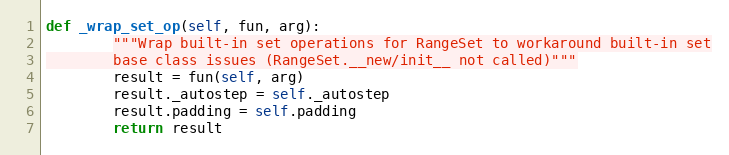
Language: Python
def _wrap_set_op(self, fun, arg):
        """Wrap built-in set operations for RangeSet to workaround built-in set
        base class issues (RangeSet.__new/init__ not called)"""
        result = fun(self, arg)
        result._autostep = self._autostep
        result.padding = self.padding
        return result